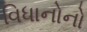
વિધાનોનો